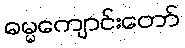
ဓမ္မကျောင်းတော်